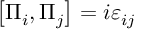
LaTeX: \left[ \Pi _ { i } , \Pi _ { j } \right] = i \varepsilon _ { i j }